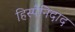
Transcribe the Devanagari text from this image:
हिस्पैनिदाद